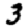
Digit: 3